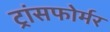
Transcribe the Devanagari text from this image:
ट्रांसफोर्मर